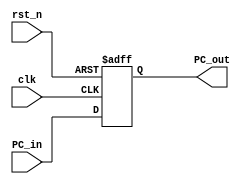
module Program_Counter(
    input           clk,
    input           rst_n,
    input [31:0]    PC_in,
    output reg [31:0]   PC_out
);
always @(posedge clk or negedge rst_n) begin
    if(~rst_n)begin
      PC_out <= 32'h00000000; 
    end
    else PC_out <= PC_in;
end

endmodule